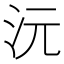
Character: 沅